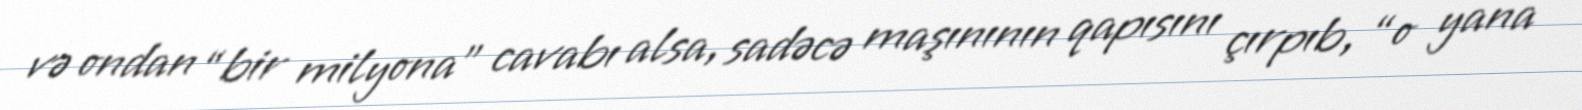
və ondan “bir milyona” cavabı alsa, sadəcə maşınının qapısını çırpıb, “o yana